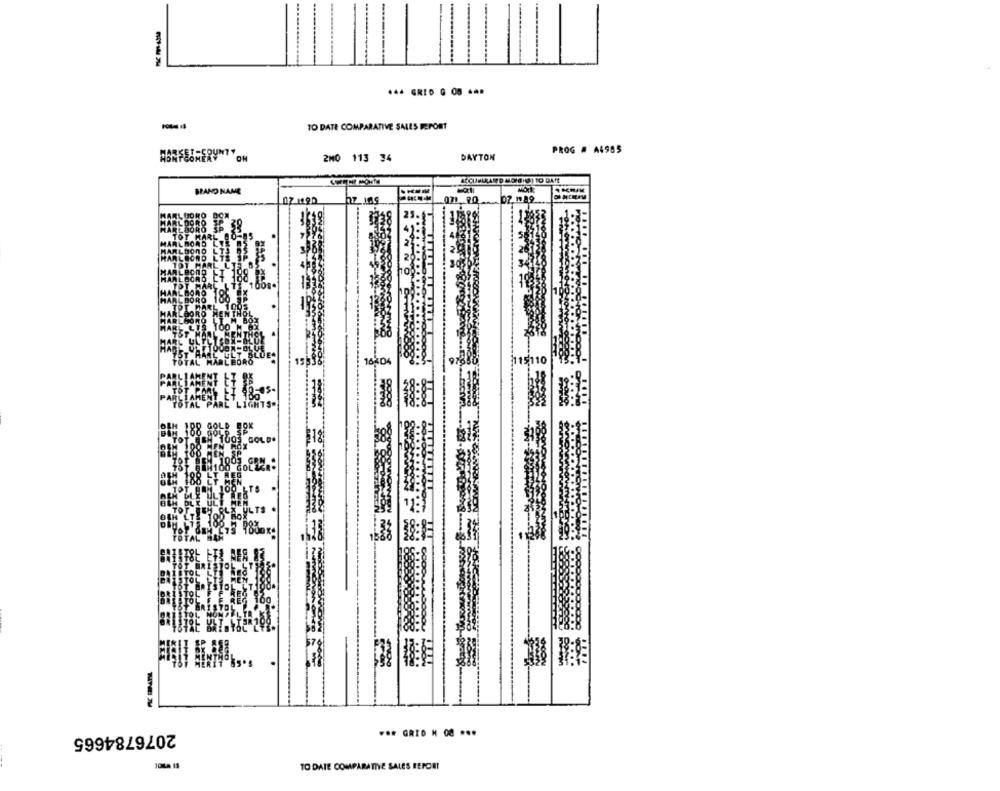
444 GRID G OB ***
TO DATE COMPARATIVE SALES REPORT
PROG # A4985
OH
2M0 113 34
DAYTON
BRAND NAME
071 20 07 10/19
2076784665
*** GRID M 08 ...
TO DATE COMPARATIVE SALES REPORT